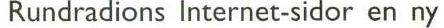
Rundradions Internet-sidor en ny